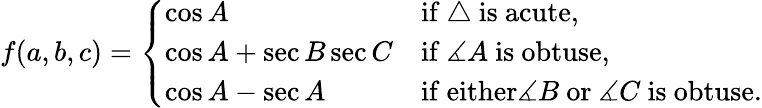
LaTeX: f(a,b,c)={\left\{ \begin{array}{ll}{\cos A}&{{\mathrm{if~}}\triangle{\mathrm{~is~acute}},}\\ {\cos A+\sec B\sec C}&{{\mathrm{if~}}\measuredangle A{\mathrm{~is~obtuse}},}\\ {\cos A-\sec A}&{{\mathrm{if~either}}\measuredangle B{\mathrm{~or~}}\measuredangle C{\mathrm{~is~obtuse}}.}\end{array}\right.}